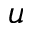
u